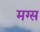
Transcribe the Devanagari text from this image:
मग्स